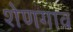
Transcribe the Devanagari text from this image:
शेणगाव